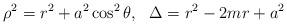
LaTeX: \begin{align*}\rho ^{2}= r^{2}+ a ^{2} \cos ^{2 }\theta, ~~\Delta= r^{2}-2mr+ a ^{2}\end{align*}